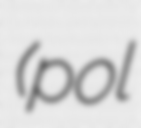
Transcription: (pol